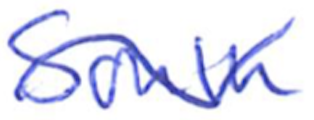
Text: South
Cross-out: wave
Writing tool: ballpoint